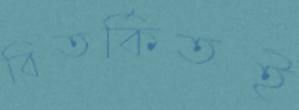
বিতর্কিতই